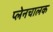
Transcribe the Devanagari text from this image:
प्लेनचालक